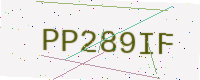
Text: PP289IF